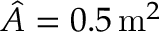
\hat { A } = 0 . 5 \, \mathrm { m } ^ { 2 }